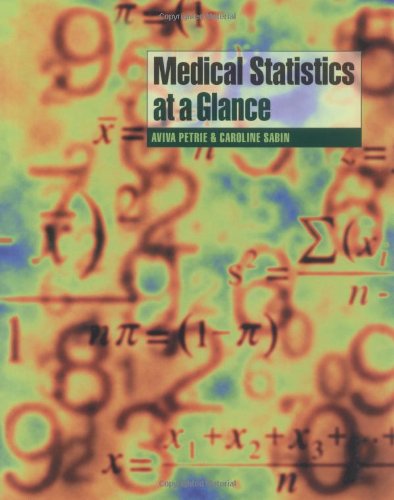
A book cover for Medical Statistics at a Glance; Aviva Petrie; Medical Books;